Cholera in India, 1862 to 1881
Year: 1862
Disease focus: Cholera
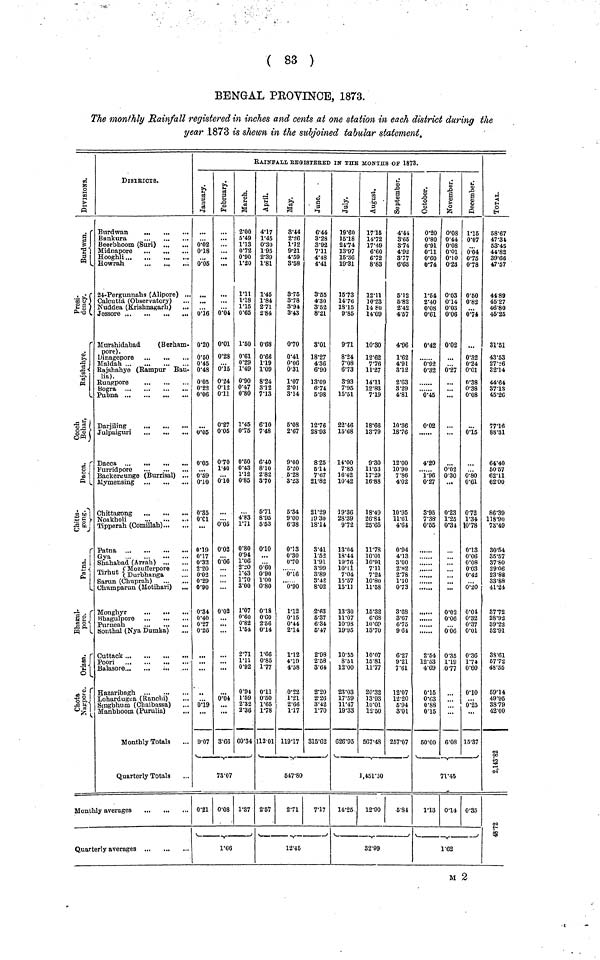
( 83 )
BENGAL PROVINCE, 1873.
The monthly Rainfall registered in inches and cents at one station in each district during the
year 1873 is shewn in the subjoined tabular statement.
Divisions.
Burdwan
Presi. dency.
Cooch Behar,
Daccan
Chitta. gong.
Patna
Bhagul. pore.
Orissa
Chota Nagpore.
DISTRICTS.
Beerbhoom (Suri)
...
Midnapore
Hooghli...
Howrah
24-Pergunnahs (Alipore) ...
Calcutta (Observatory)
Nuddea (Krishnagarli) ...
Jessore
Murshidabad
(Berham-
pore) .
Dinagepore
Rajshahye (Rampur Bau-
lia).
Rungpore
...
...
Pubna
Julpaiguri
Backerimnge (Burrisal) ...
Mymensing
Chittagong ...
...
Noakholi
Tipperah (Comillah)
Gya
...
Shahabad (Arrah) ... ...
{ Mozufferpore
...
Tirhut {Durbhanga
Sarun (Chuprah) ... ...
Chumparun (Motihari) ...
Monghyr
Bhagulpore ...
Purneah
Sonthal (Nya Dumka)
Balasore
....
Hazaribngh ... ...
Lohardugga (Ranclu)
Monthly Totals
Quarterly Totals
Monthly averages
Quarterly averages
RAIN FALL REGISTERED IN THE MONTHS OF 1873.
January.
0.02
0.18
0.05
0.16
0.20
0.50
0.45
0.48
0.05
0.22
0.06
0.05
0.05
0.59
0.10
0.35
0.01
0.19
0.17
0.32
2.20
0.02
0.29
0.90
0.34
0.40
0.27
0.26
0.19
9.07
February.
...
...
...
0.04
0.01
0.28
0.15
0.24
0.12
0.11
0.27
0.05
0.70
1.40
0.10
0.05
0.02
0.06
...
...
0.02
...
...
...
...
0.04
3.66
March.
2.00
5.49
1..13
0.72
0.90
1.20
1.11
1.18
1.15
0.65
1.50
0.61
0.29
1.49
0.90
0.47
0.80
1.45
0.75
0.50
0.43
1.12
0.85
4.83
1.71
0.80
0.94
1.06
2.20
1.43
1.70
3.00
1.07
0'.60
0.82
1.54
2.71
1.11
0.92
0.9l
1.59
2.32
2.36
60.34
73.07
0.21 0.08 1.87
April.
4.17
1.45
0.30
1 95
2.39
1.81
1.45
1.84
2.7l
2.84
0.68
0.66
1.19
1.09
8.24
3.12
7.13
6.10
7.48
6.40
8.10
2.82
370
5.71
8.95
5 53
0.10
...
0.60
0.90
1.00
0.80
0.18
0.60
2.56
0.14
1.66
0.85
1.77
0.11
0.50
1.78
113 01
May.
8.44
2.26
1.12
9.21
4.59
3.58
8.75
3.78
3.94
3.43
0.70
0.41
0.06
0.31
1.07
2.01
3.14
5.08
2.67
9.00
5.20
5.28
3.23
5.34
9.00
6 38
0.13
0.30
0.70
0.16
0..90
1.12
0.15
0.44
2.14
1.12
4.19
4.58
0.22
1.21
2.66
1.17
119.17
June.
6.44
3.28
3.92
7.11
4.48
4.41
3.65
4.30
3.52
8.21
3.01
18.27
4.36
6.90
13.09
6.74
5.98
12.76
28.93
8 25
5.14
7.67
21.82
21.29
19 30
18.14
3.41
1.52
1.91
3.99
3.89
3.42
8.02
2.63
5.37
6.34
5.47
2.98
2.58
3.64
2.20
2.26
3.42
1.70
315.62
547.80
2.57
2.71
7.17
July.
19.60
15.18
24.74
13.97
15.36
19.31
15.73
14.76
18.15
9.85
9.71
8.24
708
6.73
8.93
7.95
15.51
22.46
15.68
14.00
7.85
16.42
10.42
19.36
28.89
972
13.04
18.44
19.76
10.11
7.04
15.57
15.11
13.30
11.07
10.98
19.95
10.35
8.51
12.00
23.03
17.59
11.47
19.33
626.95
August.
1715
14.72
17.49
6.60
6.72
8.83
12.11
10.23
14 80
14.09
10.80
12.62
7.76
11.27
14.11
12.83
7.19
18.66
13.79
9.30
11.53
17.29
16.88
18.49
26.84
25 .65
11.76
10.01
10.91
7.11
7.24
10.80
11.58
15.32
6.68
10.69
13.70
10.07
15.81
11.77
20.32
13.93
10.01
567.48
September.
4.44
3.65
3.74
4.92
3.77
6.63
5.12
5.82
2.42
4.57
4.96
1.62
4.91
3.12
2.63
8.29
4.81
10.36
18.76
12..00
10.90
7.86
4.02
10'95
11.61
4.64
0.94
4.13
3.00
2.82
2.78
1.10
0.73
3.68
3.67
6.75
9 64
6.27
9.21
7.61
12.07
12.20
3·01
257.07
1, 451.50
14.25
12.90
5.84
October.
0.20
0.80
0.91
0.11
0.60
0.74
1.54
2.40
0.08
0.61
0.42
0.92
0.32
0.45
0.02
4.20
... .
1.96
0.27
3.95
7.38
0.55
......
......
......
2.54
12.53
4.69
0.15
0.63
0.15
50.00
November.
0.08
0.44
0.08
0.01
0.10
0.23
0.03
0.14
0.03
0.06
0.02
...
0.27
...
...
...
...
0.02
0.30
...
0.23
1.25
0.34
...
.,
...
0.02
0.06
0.06
0.35
1.19
0.77
...
6.08
December.
1.15
0.07
0.04
0.75
0.78
0.50
0.82
0.74
0.32
0.24
0.01
0.38
0.38
0.08
0.15
0.80
0.61
0.72
1.34
10.78
0.13
0.06
0.08
0.03
0.42
0.20
0.04
0.32
0.37
0.01
0.36
1.74
0.60
0.10
0.25
15.37
71.45
1.13
0.14
0.35
Total.
58.67
47.34
53.45
44.82
39.66
47.57
44.89
45.27
46.80
45.25
31.51
43.53
27.26
82.14
44.64
37.13
45.26
77.16
88.31
64.40
BO 57
62.11
62.00
86.39
118.90
73.49
30.54
35.57
37 80
29 06
23.88
33.88
41.24
37.72
28.92
39.22
52.91
38.61
57.72
48.35
59.14
49.95
38 79
42,00
2,143,82
48.72
M 2